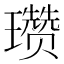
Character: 瓒